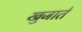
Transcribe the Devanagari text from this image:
खुजाते